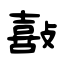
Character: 敼